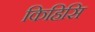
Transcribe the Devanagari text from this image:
किहिसि